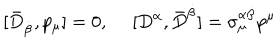
[ \bar { D } _ { \dot { \beta } } , p _ { \mu } ] = 0 , ~ ~ [ D ^ { \alpha } , \bar { D } ^ { \dot { \beta } } ] = \sigma _ { \mu } ^ { \alpha \dot { \beta } } p ^ { \mu }